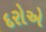
દરોએ